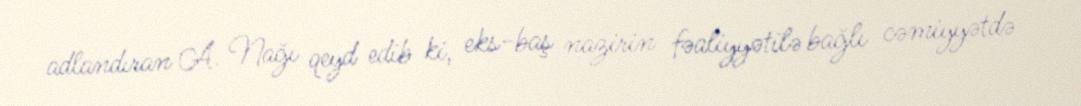
adlandıran A. Nağı qeyd edib ki, eks-baş nazirin fəaliyyətilə bağlı cəmiyyətdə